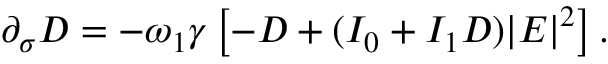
\begin{array} { r } { \partial _ { \sigma } D = - \omega _ { 1 } \gamma \left[ - D + ( I _ { 0 } + I _ { 1 } D ) | E | ^ { 2 } \right] . } \end{array}